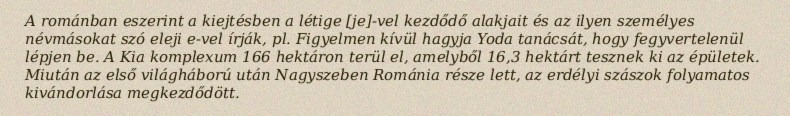
A románban eszerint a kiejtésben a létige [je]-vel kezdődő alakjait és az ilyen személyes névmásokat szó eleji e-vel írják, pl. Figyelmen kívül hagyja Yoda tanácsát, hogy fegyvertelenül lépjen be. A Kia komplexum 166 hektáron terül el, amelyből 16,3 hektárt tesznek ki az épületek. Miután az első világháború után Nagyszeben Románia része lett, az erdélyi szászok folyamatos kivándorlása megkezdődött.